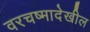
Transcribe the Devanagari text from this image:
वरचष्मादेखील